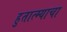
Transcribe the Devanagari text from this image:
हुतात्म्याचा